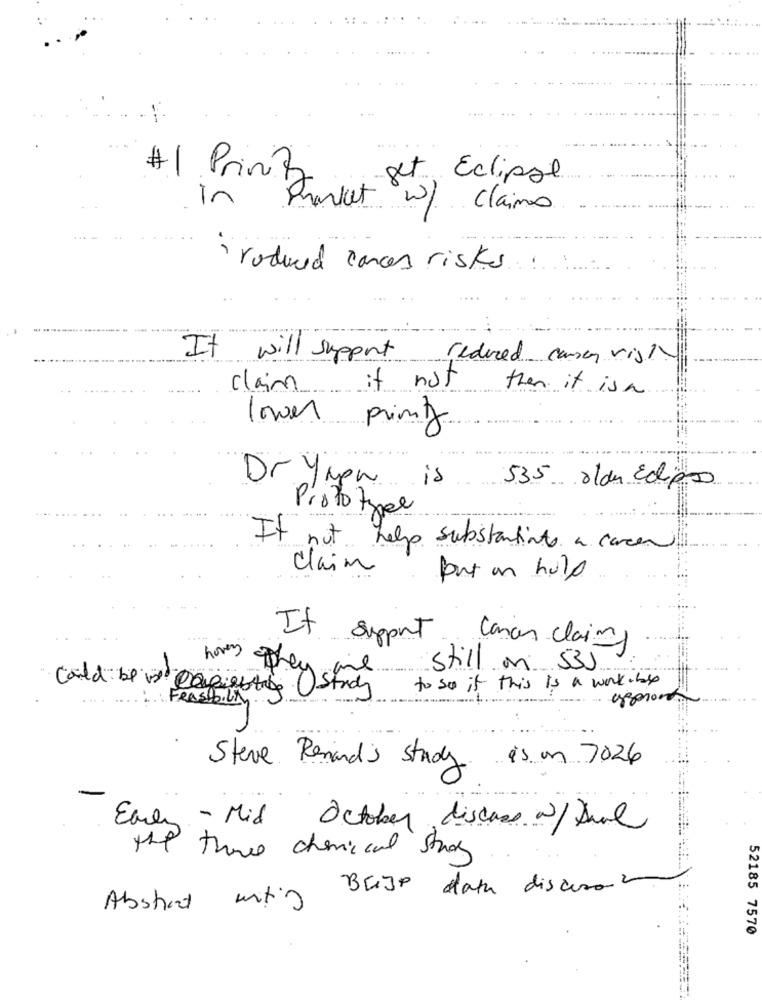
..
#1 Print
get Eclipse
in
Paket W/ Claims
rodwed cances risks
.. ..................
It will support
reduced carey vist
claim
if not
then it is a
lower print
is
Dr Yapn
535 olde Edips
Prototzel
If not help substantiate a caren
Claim
put an hulp
.....
It support canon clain
hovery
They me
still on 535
to so if this is a work- by
could be vid copiestheStudy
... .
FRASIbilin
appron
Steve Renard's Study is on 7026
-
Early - Mid October discuss w/D
the three chemical streg
Abstract mitig BEIJO data discuss
52185 7570